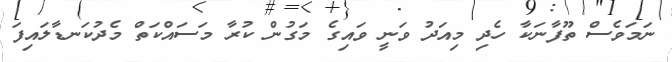
ނަމަވެސް ތޫފާނަކާ ހެދި މިއަދު ވަނީ ވައިގެ މަގުން ކުރާ މަސައްކަތް މެދުކަނޑާލައިފަ